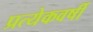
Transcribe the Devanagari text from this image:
प्रत्येकवर्षी